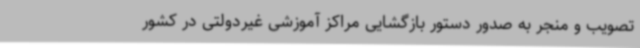
تصویب و منجر به صدور دستور بازگشایی مراکز آموزشی غیردولتی در کشور